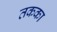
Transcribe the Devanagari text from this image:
तकका